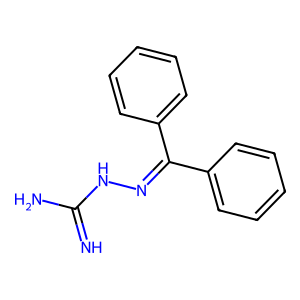
SMILES: N=C(N)NN=C(c1ccccc1)c1ccccc1
Inhibits HIV replication: No